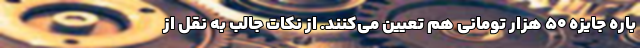
باره جایزه 50 هزار تومانی هم تعیین می‌کنند. از نکات جالب به نقل از